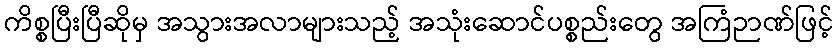
ကိစ္စပြီးပြီဆိုမှ အသွားအလာများသည့် အသုံးဆောင်ပစ္စည်းတွေ အကြံဉာဏ်ဖြင့်